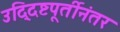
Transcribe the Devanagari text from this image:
उद्दिष्टपूर्तीनंतर